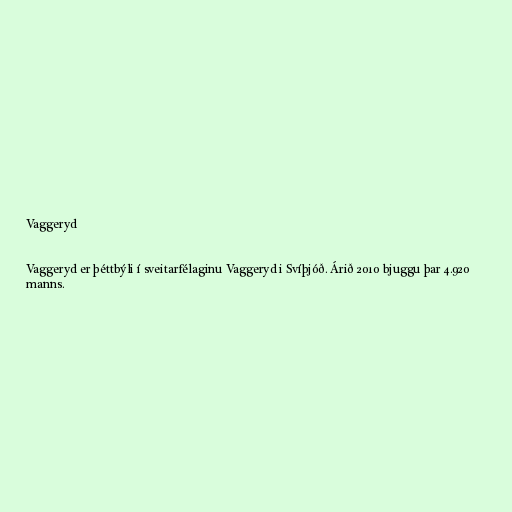
Vaggeryd

Vaggeryd er þéttbýli í sveitarfélaginu Vaggeryd i Svíþjóð. Árið 2010 bjuggu þar 4.920
manns.